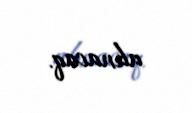
alınacaq.